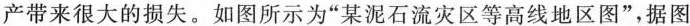
产带来很大的损失。如图所示为“某泥石流灾害等高线地区图”，据图